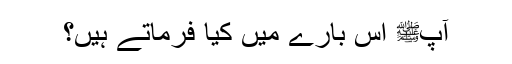
آپﷺ اس بارے میں کیا فرماتے ہیں؟